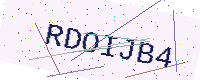
Text: RDOIJB4